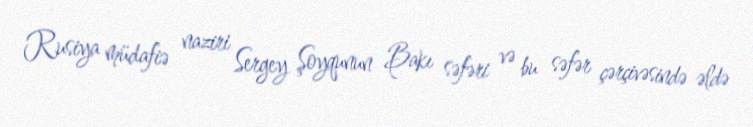
Rusiya müdafiə naziri Sergey Şoyqunun Bakı səfəri və bu səfər çərçivəsində əldə